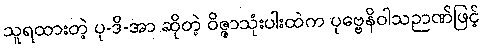
သူရထားတဲ့ ပု-ဒိ-အာ ဆိုတဲ့ ဝိဇ္ဇာသုံးပါးထဲက ပုဗ္ဗေနိဝါသဉာဏ်ဖြင့်